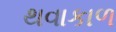
થવાકાળ